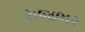
રાજભર